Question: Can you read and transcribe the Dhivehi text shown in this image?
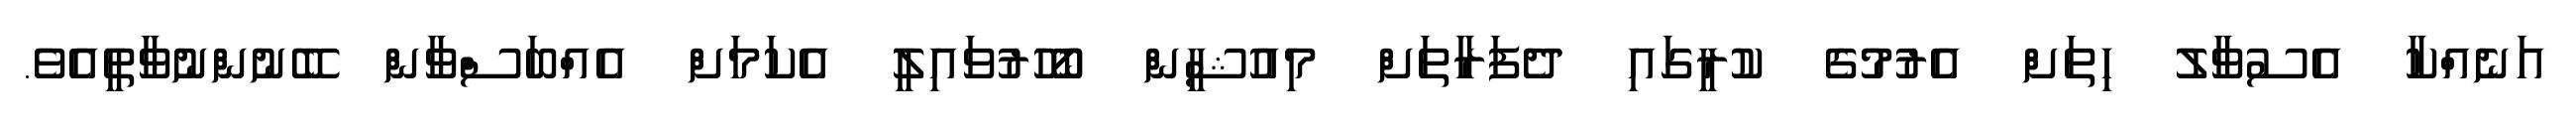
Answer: އަނެއްކާ އެސުވާލު ހިތަށް އެރުމުގެ ކުރީގައި ދެފަރާތަށް މިއުޝީން ބޯހޫރުވައިލީ އެކަމަށް އެއްބަސްވާން ބޭނުންނުވާތީއެވެ.